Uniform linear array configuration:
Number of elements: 16
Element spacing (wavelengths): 0.75
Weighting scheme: cosine
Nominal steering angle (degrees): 0
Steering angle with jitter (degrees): -0.685
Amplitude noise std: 0.05
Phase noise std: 0.05

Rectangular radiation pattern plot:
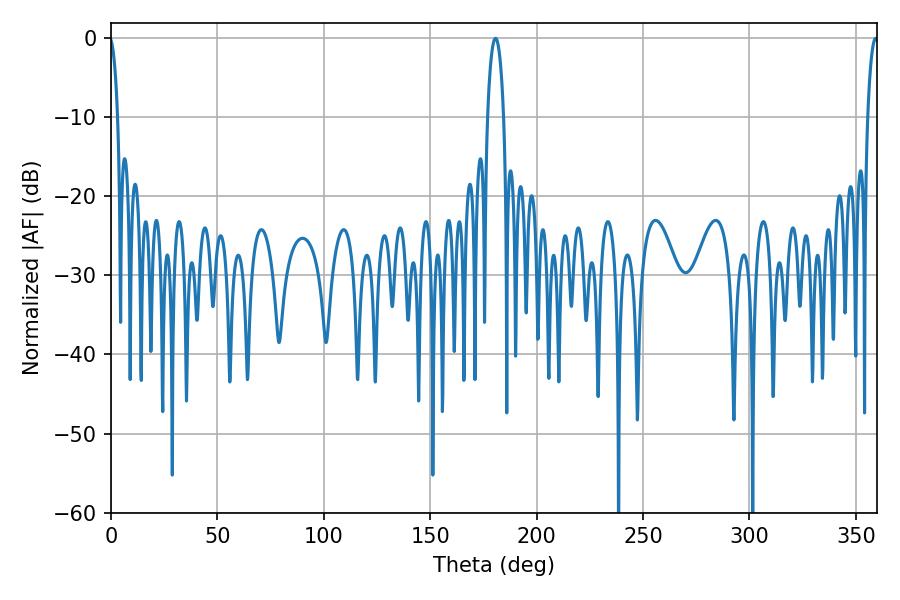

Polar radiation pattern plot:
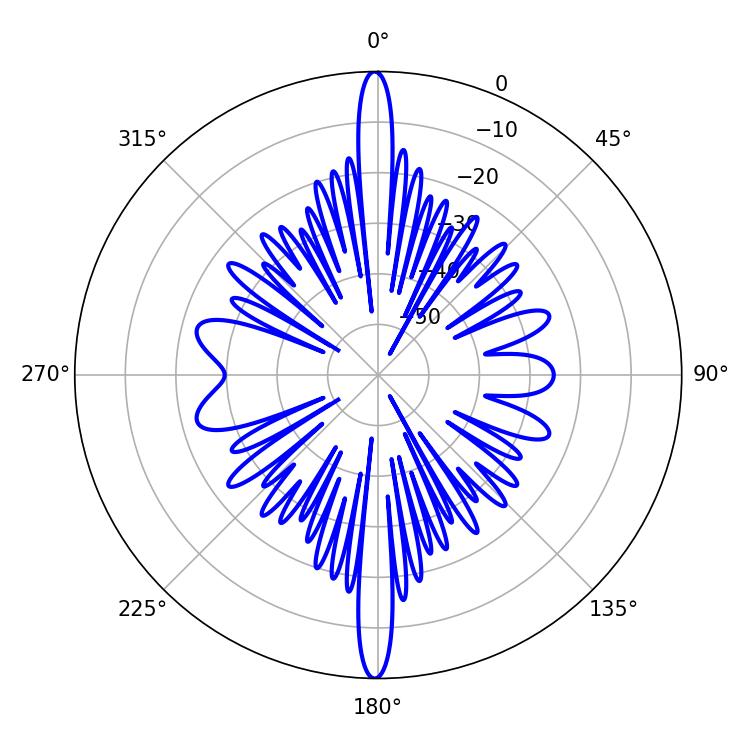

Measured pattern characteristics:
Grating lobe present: TRUE
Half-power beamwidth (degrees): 4.32
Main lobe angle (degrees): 180.72